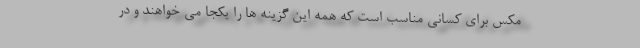
مکس برای کسانی مناسب است که همه این گزینه ها را یکجا می خواهند و در